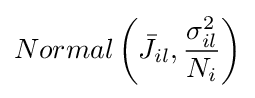
Normal\left({\bar {J}}_{il},{\frac {\sigma _{il}^{2}}{N_{i}}}\right)